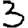
Digit: 3